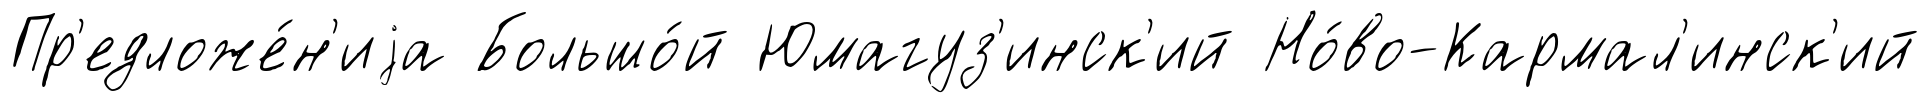
Пр'едложе́н'иjа Большо́й Юмагуз'инск'ий Но́во-Кармал'инск'ий